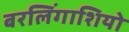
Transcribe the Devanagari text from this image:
बरलिंगाशियो